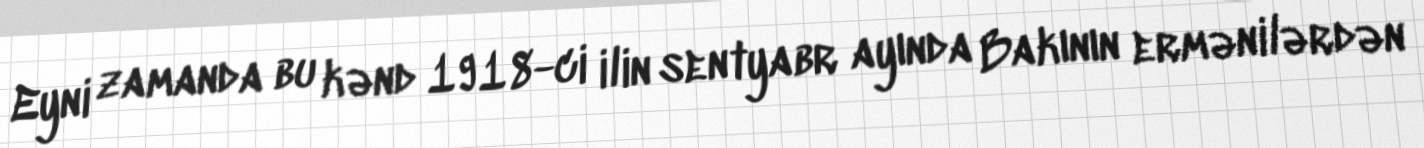
Eyni zamanda bu kənd 1918-ci ilin sentyabr ayında Bakının ermənilərdən